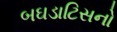
બઘડાટિસનો